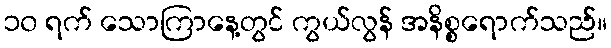
၁၀ ရက် သောကြာနေ့တွင် ကွယ်လွန် အနိစ္စရောက်သည်။